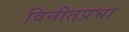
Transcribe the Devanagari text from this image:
विनीतप्रभा